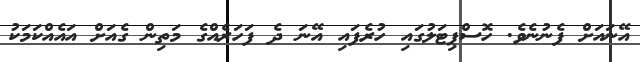
އޭނައަށް ފެނުނެވެ. ހޮސްޕިޓަލުގައި ހުރެފައި އޭނަ ދެ ފަހަރެއްގެ މަތިން ގެއަށް އައެއްކަމަކު